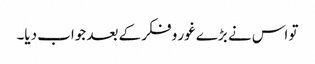
تو اس نے بڑے غور و فکر کے بعد جواب دیا۔